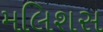
મલિશસ